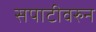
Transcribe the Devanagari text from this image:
सपाटीवरुन